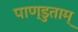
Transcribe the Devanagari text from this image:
पाण्डुताम्‌